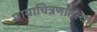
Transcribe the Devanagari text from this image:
छायाचित्रणातल्या